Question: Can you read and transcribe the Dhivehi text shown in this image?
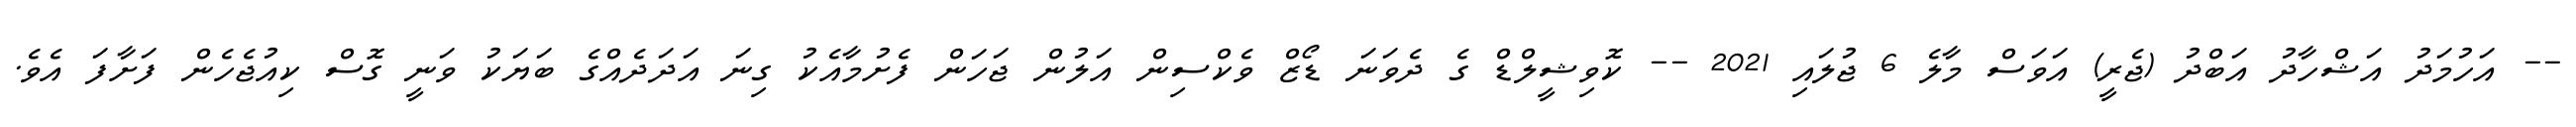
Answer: -- އަހުމަދު އަޝްހާދު އަބްދު (ޖެރީ) އަވަސް މާލެ 6 ޖުލައި 2021 -- ކޮވިޝީލްޑް ގެ ދެވަނަ ޑޯޒް ވެކްސިން އަލުން ޖަހަން ފެށުމާއެކު ގިނަ އަދަދެއްގެ ބަޔަކު ވަނީ ގޮސް ކިއުޖެހެން ފަށާފަ އެވެ.